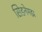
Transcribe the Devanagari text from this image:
सिडनेमझ